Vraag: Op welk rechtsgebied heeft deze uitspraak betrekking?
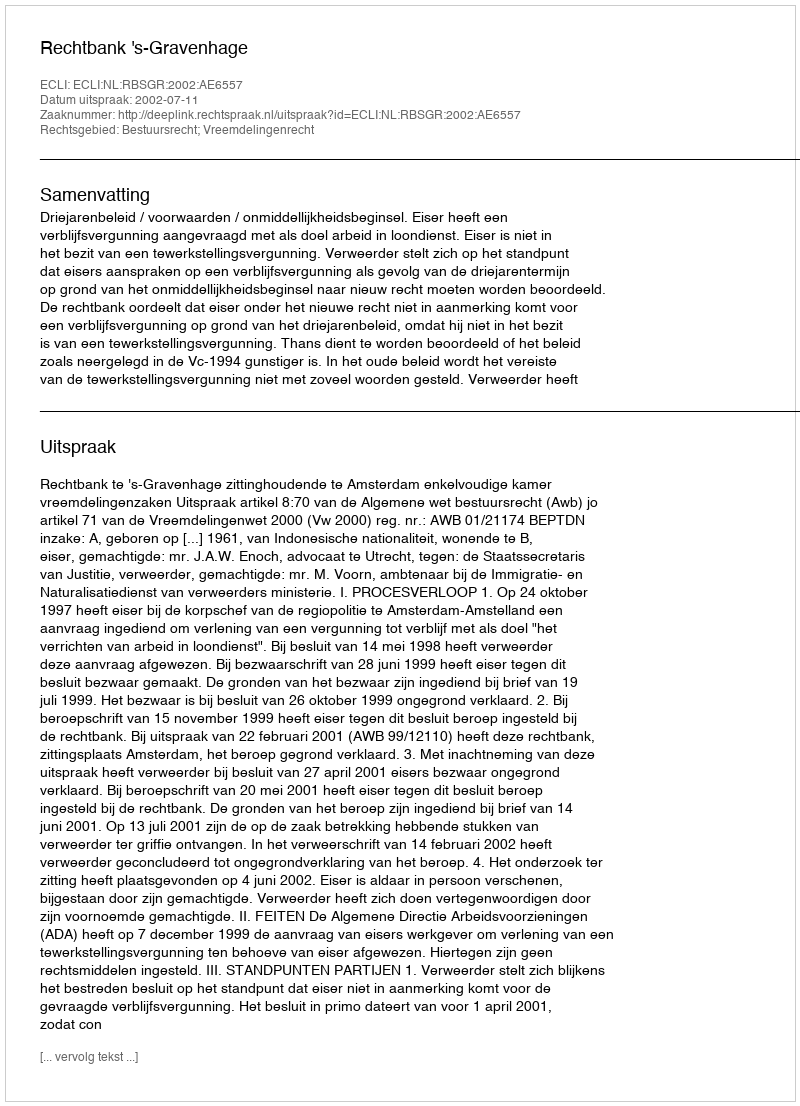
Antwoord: Bestuursrecht; Vreemdelingenrecht